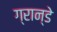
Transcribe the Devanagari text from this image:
ग्रान्डे